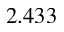
2 . 4 3 3